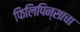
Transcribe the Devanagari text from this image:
फिलिपिन्साचा